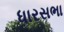
ધારસભા